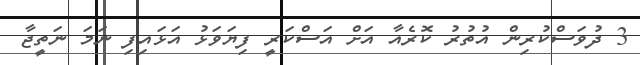
3 ދުވަަސްކުރިން އުތުރު ކޮރެއާ އަށް އަސްކަރީ ފިޔަވަޅު އަޅައިފި ނަމަ ނަތީޖާ